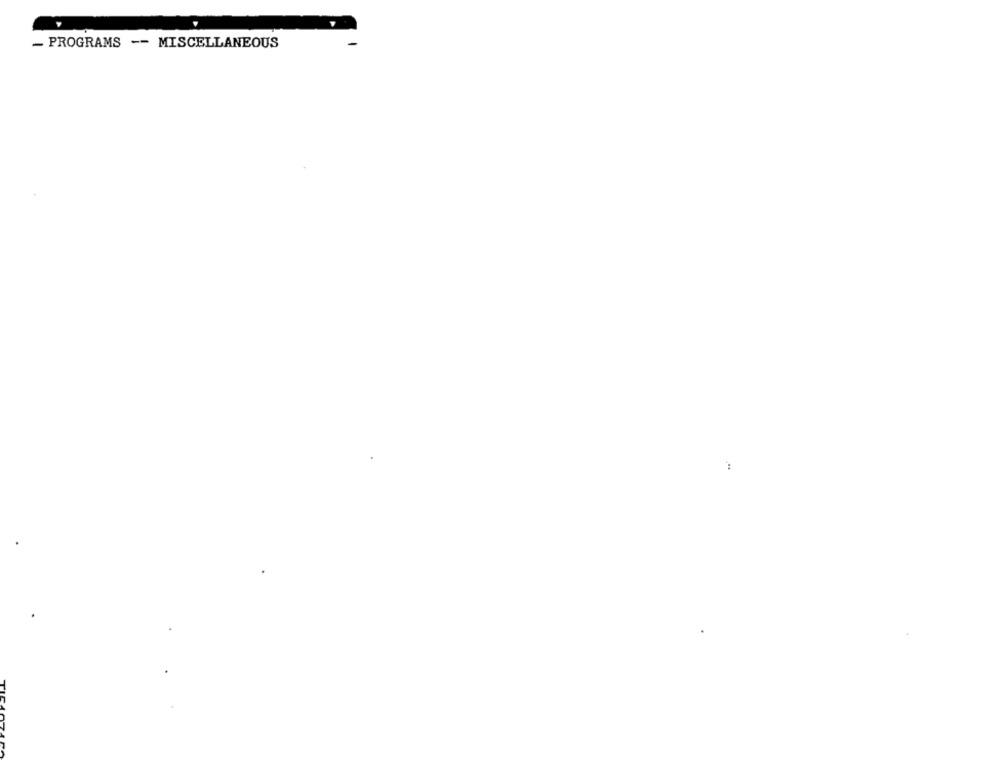
- PROGRAMS -- MISCELLANEOUS